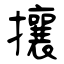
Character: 攘